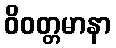
ဝိဝတ္တမာနာ